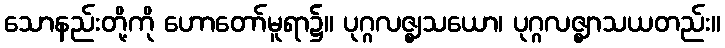
သောနည်းတို့ကို ဟောတော်မူရာ၌။ ပုဂ္ဂလဇ္ဈသယော၊ ပုဂ္ဂလဇ္ဈာသယတည်း။